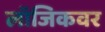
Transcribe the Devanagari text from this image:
लॉजिकवर